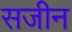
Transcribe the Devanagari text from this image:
सजीन